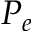
P _ { e }